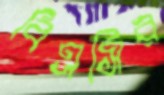
বিএসির